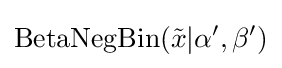
\operatorname {BetaNegBin} ({\tilde {x}}|\alpha ',\beta ')